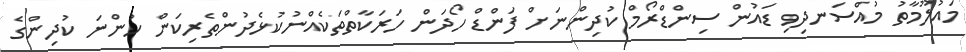
މައުލޫމާތު މުއްސަނދިވި ޑައުން ސިންޑްރޯމް ކުދިންނަށް ފަންޑް ހޯދަން ހަރަކާތްތަކެއްނުކުޅެދުންތެރިކަން ހުންނަ ކުދިންގެ